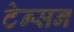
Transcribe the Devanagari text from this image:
टेन्सन